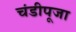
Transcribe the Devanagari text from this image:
चंडीपूजा